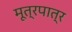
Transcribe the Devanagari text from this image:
मूत्रपात्र